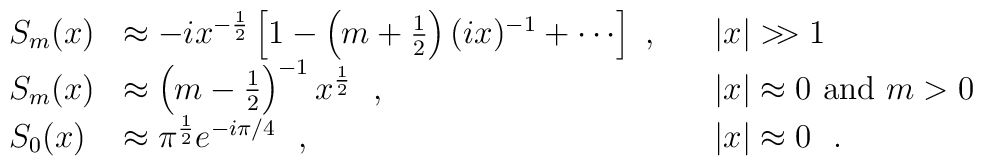
\begin{array}{lll}S_m(x)&\approx -i x^{-{1\over2}}\left[1-\left(m+{1\over2}\right)(i x)^{-1}+\cdots \right] ~, & \quad |x|>\!\!>1  \nonumber\\S_m(x)&\approx \left(m-{1\over2}\right)^{-1}x^{1\over2} ~~, & \quad |x|\approx0\hbox{~{\rm{and}}~} m>0  \nonumber\\S_0(x)&\approx\pi^{1\over 2}e^{-i\pi/4} ~~, & \quad|x|\approx 0 ~~.\end{array}